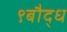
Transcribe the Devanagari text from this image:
९बौद्ध